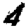
Digit: 4